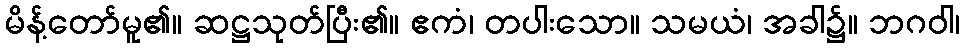
မိန့်တော်မူ၏။ ဆဋ္ဌသုတ်ပြီး၏။ ဧကံ၊ တပါးသော။ သမယံ၊ အခါ၌။ ဘဂဝါ၊